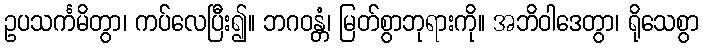
ဥပသင်္ကမိတွာ၊ ကပ်လေပြီး၍။ ဘဂဝန္တံ၊ မြတ်စွာဘုရားကို။ အဘိဝါဒေတွာ၊ ရိုသေစွာ